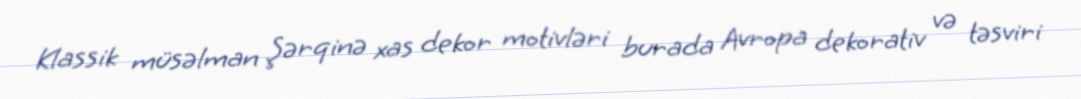
Klassik müsəlman Şərqinə xas dekor motivləri burada Avropa dekorativ və təsviri